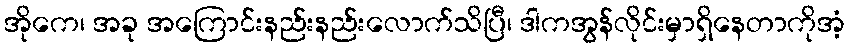
အိုကေ၊ အခု အကြောင်းနည်းနည်းလောက်သိပြီ၊ ဒါကအွန်လိုင်းမှာရှိနေတာကိုအံ့